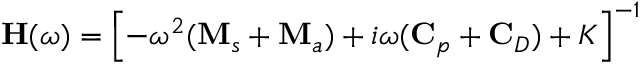
\mathbf { H } ( \omega ) = \left[ - \omega ^ { 2 } ( \mathbf { M } _ { s } + \mathbf { M } _ { a } ) + i \omega ( \mathbf { C } _ { p } + \mathbf { C } _ { D } ) + K \right] ^ { - 1 }